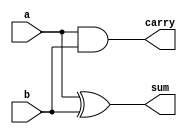
`timescale 1ns / 1ps
//////////////////////////////////////////////////////////////////////////////////
// Company: 
// Engineer: 
// 
// Design Name: 
// Module Name: half_adder
// Project Name: 
// Target Devices: 
// Tool Versions: 
// Description: 
// 
// Dependencies: 
// 
// Revision:
// Revision 0.01 - File Created
// Additional Comments:
// 
//////////////////////////////////////////////////////////////////////////////////


module half_adder( input a,b , output carry,sum);
 assign sum = a^b;
 assign carry= a&b;
endmodule